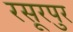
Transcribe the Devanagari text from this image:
रसूरपुर